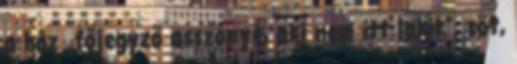
a ház „főjegyző asszonyé, aki nem itt lakik”, sőt,